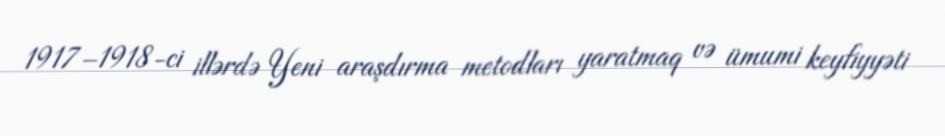
1917–1918-ci illərdə Yeni araşdırma metodları yaratmaq və ümumi keyfiyyəti